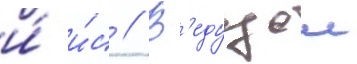
и́ и́с // В'едущеи